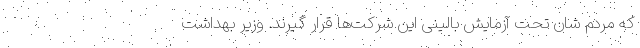
که مردم شان تحت آزمایش بالینی این شرکت‌‌ها قرار گیرند. وزیر بهداشت